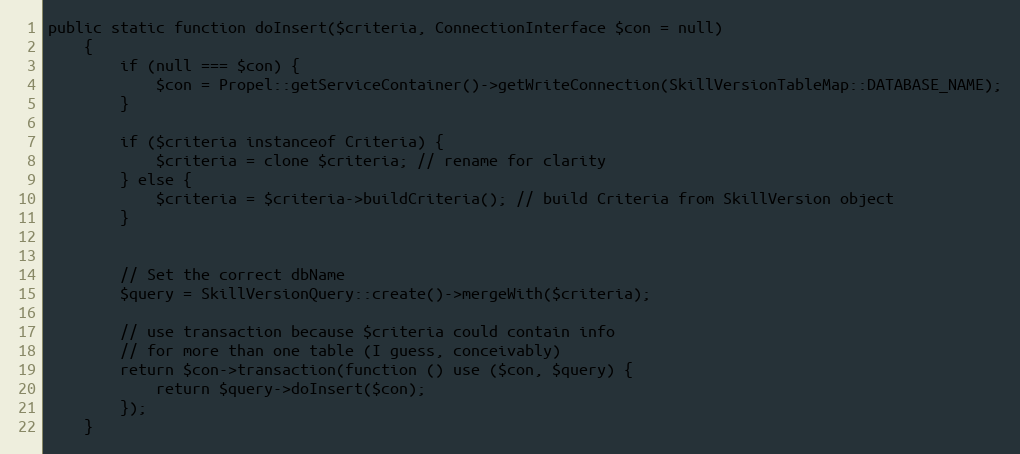
Language: PHP
public static function doInsert($criteria, ConnectionInterface $con = null)
    {
        if (null === $con) {
            $con = Propel::getServiceContainer()->getWriteConnection(SkillVersionTableMap::DATABASE_NAME);
        }

        if ($criteria instanceof Criteria) {
            $criteria = clone $criteria; // rename for clarity
        } else {
            $criteria = $criteria->buildCriteria(); // build Criteria from SkillVersion object
        }

        // Set the correct dbName
        $query = SkillVersionQuery::create()->mergeWith($criteria);

        // use transaction because $criteria could contain info
        // for more than one table (I guess, conceivably)
        return $con->transaction(function () use ($con, $query) {
            return $query->doInsert($con);
        });
    }